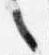
之